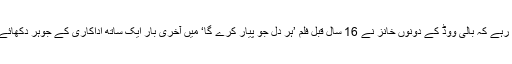
واضح رہے کہ بالی ووڈ کے دونوں خانز نے 16 سال قبل فلم ’ہر دل جو پیار کرے گا‘ میں آخری بار ایک ساتھ اداکاری کے جوہر دکھائے تھے۔